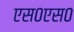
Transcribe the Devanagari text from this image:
एस०एस०